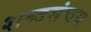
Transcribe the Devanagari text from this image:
शब्दसंचय